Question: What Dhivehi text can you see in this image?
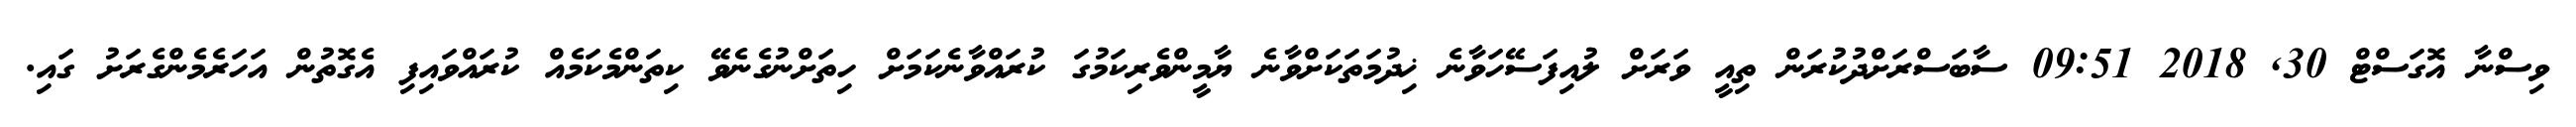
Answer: ވިސްނާ އޮގަސްޓް 30, 2018 09:51 ސާބަސްރަށްދުކުރަން ތިއީ ވަރަށް ލުއިފަސޭހަވާނެ ޚިދުމަތަކަށްވާނެ ޔާމީންވެރިކަމުގަ ކުރައްވާނެކަމަށް ހިތަށްނުގެނެވޭ ކިތަންމެކަމެއް ކުރައްވައިފި އެގޮތުން އަހަރެމެންގެރަށު ގައި.